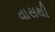
વાસથી